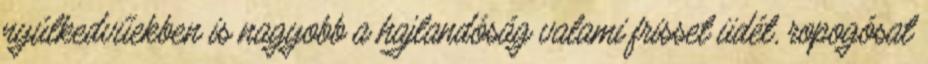
nyúlkedvűekben is nagyobb a hajlandóság valami frisset üdét, ropogósat